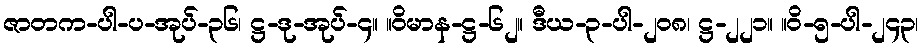
ဇာတက-ပါ-ပ-အုပ်-၃၆၊ ဋ္ဌ-ဒု-အုပ်-၄။ ။ဝိမာန-ဋ္ဌ-၆၂။ ဒီယ-၃-ပါ-၂၀၈၊ ဋ္ဌ-၂၂၁။ ။ဝိ-၅-ပါ-၂၄၃၊